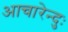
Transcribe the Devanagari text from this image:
आचारेन्दुः